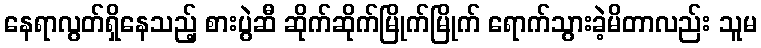
နေရာလွတ်ရှိနေသည့် စားပွဲဆီ ဆိုက်ဆိုက်မြိုက်မြိုက် ရောက်သွားခဲ့မိတာလည်း သူမ